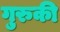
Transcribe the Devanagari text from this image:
गुरुकी